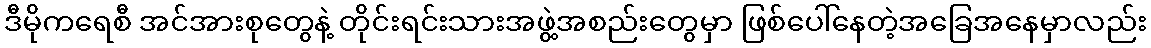
ဒီမိုကရေစီ အင်အားစုတွေနဲ့ တိုင်းရင်းသားအဖွဲ့အစည်းတွေမှာ ဖြစ်ပေါ်နေတဲ့အခြေအနေမှာလည်း